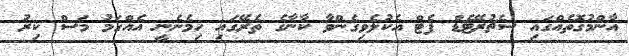
އާންމުގޮތެއްގައި ސެޗުރޭޓެޑް ފެޓް އެކުލެވިގެންވާ ކާނާގެ ތެރޭގައި ހިމެނެނީ އެއްގަމު މަސް ކިރު